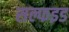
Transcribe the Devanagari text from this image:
सल्फइड